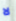
لا